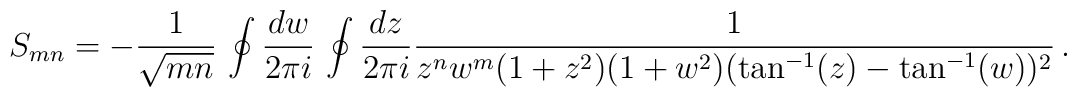
S_{mn} = -{1\over \sqrt{mn}} \,  \ointop{d w\over2\pi i}\, \ointop {dz\over 2\pi i} {1 \over z^n w^m (1 + z^2) (1+w^2)(\tan^{-1}(z) -\tan^{-1}(w))^2}\, .